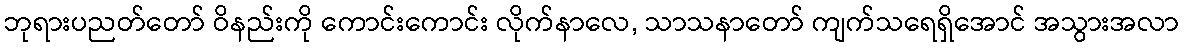
ဘုရားပညတ်တော် ဝိနည်းကို ကောင်းကောင်း လိုက်နာလေ, သာသနာတော် ကျက်သရေရှိအောင် အသွားအလာ